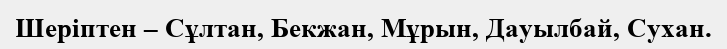
Шеріптен – Сұлтан, Бекжан, Мұрын, Дауылбай, Сухан.